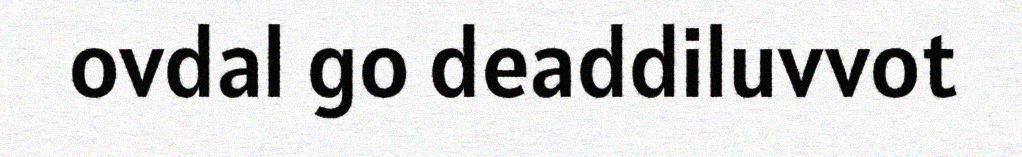
ovdal go deaddiluvvot